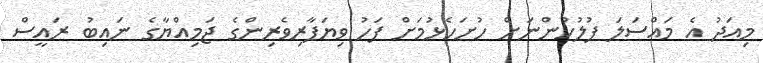
މިއަދު އެ މައްސަލަ ފުލުހުންނަށް ހުށަހެޅުމަށް ފަހު ވިޔަފާރިވެރިންގެ ޖަމިއްޔާގެ ނައިބު ރައީސް